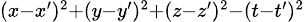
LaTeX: \scriptstyle(x-x^{\prime})^{2}+(y-y^{\prime})^{2}+(z-z^{\prime})^{2}-(t-t^{\prime})^{2}